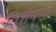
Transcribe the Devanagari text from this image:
विशेंषणों